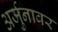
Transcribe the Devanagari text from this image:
अर्जुनावर